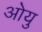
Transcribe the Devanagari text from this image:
ओयु